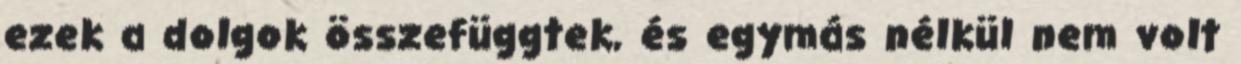
ezek a dolgok összefüggtek, és egymás nélkül nem volt